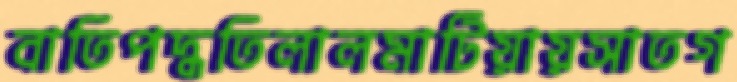
বাতিপদ্ধতিলালমাটিয়ায়সাতগ